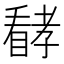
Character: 𱳈